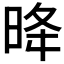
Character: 𪰠